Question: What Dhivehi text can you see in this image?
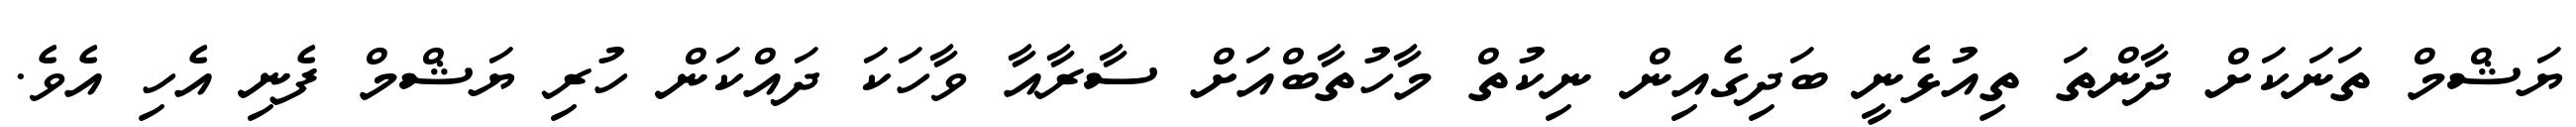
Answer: ޔަޝްމް ތަނަކަށް ދާންތަ ތިއުޅެނީ ބަދިގެއިން ނިކުތް މާހުތާބްއަށް ސާރާއާ ވާހަކަ ދައްކަން ހުރި ޔަޝްމް ފެނި އެހި އެވެ.